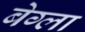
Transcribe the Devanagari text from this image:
बेग्ला